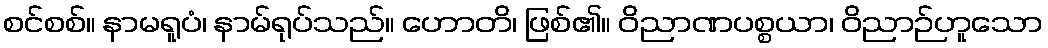
စင်စစ်။ နာမရူပံ၊ နာမ်ရုပ်သည်။ ဟောတိ၊ ဖြစ်၏။ ဝိညာဏပစ္စယာ၊ ဝိညာဉ်ဟူသော